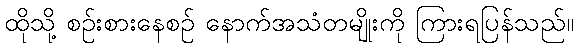
ထိုသို့ စဉ်းစားနေစဉ် နောက်အသံတမျိုးကို ကြားရပြန်သည်။